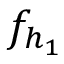
f _ { h _ { 1 } }